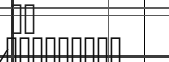
٣٦